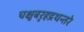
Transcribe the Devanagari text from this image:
चक्षुबरृहद्रथन्तरे